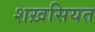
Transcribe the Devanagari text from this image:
शख़सियत